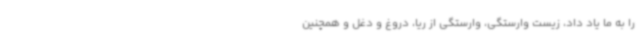
را به ما یاد داد، زیست وارستگی، وارستگی از ریا، دروغ و دغل و همچنین